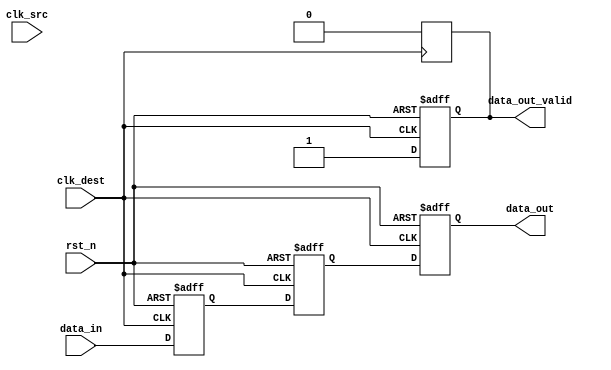
module memory_blocks_pipeline_synchronizer #(
    parameter DATA_WIDTH = 8 // Parameter for data width
)(
    input wire [DATA_WIDTH-1:0] data_in,      // Input data signal
    input wire clk_src,                        // Source clock
    input wire clk_dest,                       // Destination clock
    input wire rst_n,                          // Asynchronous reset (active low)
    output reg [DATA_WIDTH-1:0] data_out,     // Synchronized output data
    output reg data_out_valid                  // Output valid signal
);

    // Internal registers for pipeline stages
    reg [DATA_WIDTH-1:0] stage1;
    reg [DATA_WIDTH-1:0] stage2;

    // Asynchronous reset and pipeline synchronization
    always @(posedge clk_dest or negedge rst_n) begin
        if (!rst_n) begin
            // Reset the pipeline stages and output valid signal
            stage1 <= 0;
            stage2 <= 0;
            data_out <= 0;
            data_out_valid <= 0;
        end else begin
            // Synchronize the input data to the destination clock domain
            stage1 <= data_in;         // First stage
            stage2 <= stage1;          // Second stage
            data_out <= stage2;        // Output the synchronized data
            data_out_valid <= 1;       // Assert valid signal
        end
    end

    // Optional: Clear the output valid signal on the next clock cycle
    always @(posedge clk_dest) begin
        if (data_out_valid) begin
            // Optionally clear the valid signal after one clock cycle
            data_out_valid <= 0;
        end
    end

endmodule